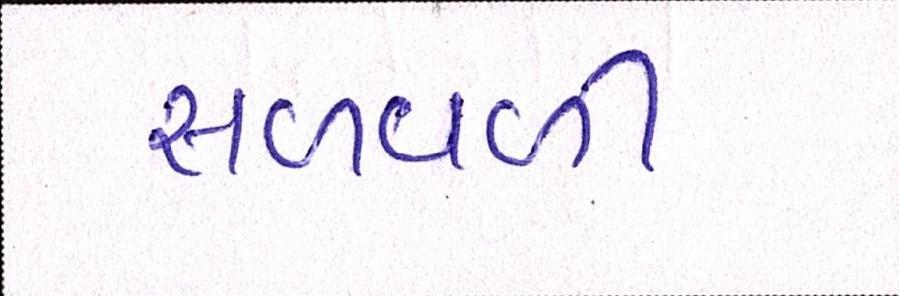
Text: સળવળી